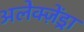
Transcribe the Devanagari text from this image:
अलेक्ज़ेंड्रा